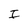
Character: I